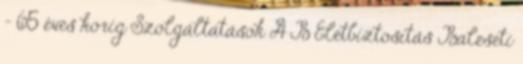
– 65 éves korig Szolgáltatások A B Életbiztosítás Baleseti